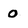
Character: o